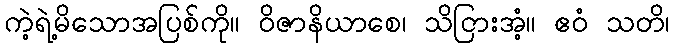
ကဲ့ရဲ့မိသောအပြစ်ကို။ ဝိဇာနိယာစေ၊ သိငြားအံ့။ ဧဝံ သတိ၊